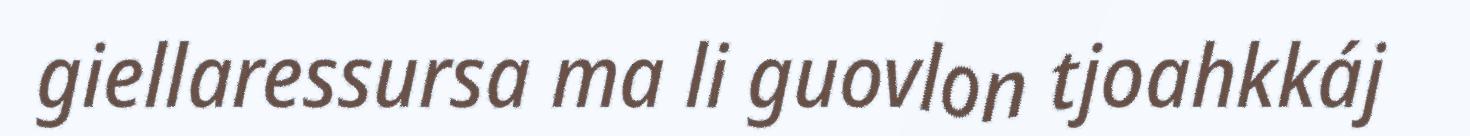
giellaressursa ma li guovlon tjoahkkáj